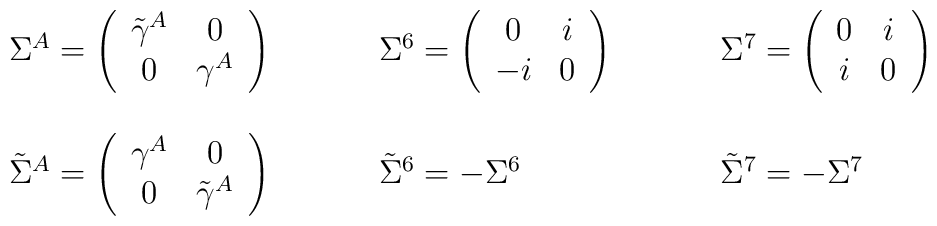
\begin{array}{cll}\Sigma^{A}=\left(\begin{array}{cc}                 \tilde{\gamma}^{A} &0\\                     0&\gamma^{A}                  \end{array}\right)~~~~&~~~\Sigma^{6}=\left(\begin{array}{cc}                     0&i\\                     -i&0                  \end{array}\right)~~~~&~~~\Sigma^{7}=\left(\begin{array}{cc}                     0&i\\                      i&0                  \end{array}\right)\\{}&{}&{}\\\tilde{\Sigma}^{A}=\left(\begin{array}{cc}                      \gamma^{A} &0\\                     0&\tilde{\gamma}^{A}                  \end{array}\right)~~~~&~~~\tilde{\Sigma}^{6}=-\Sigma^{6} ~~~~&~~~\tilde{\Sigma}^{7}=-\Sigma^{7}\end{array}